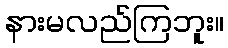
နားမလည်ကြဘူး။